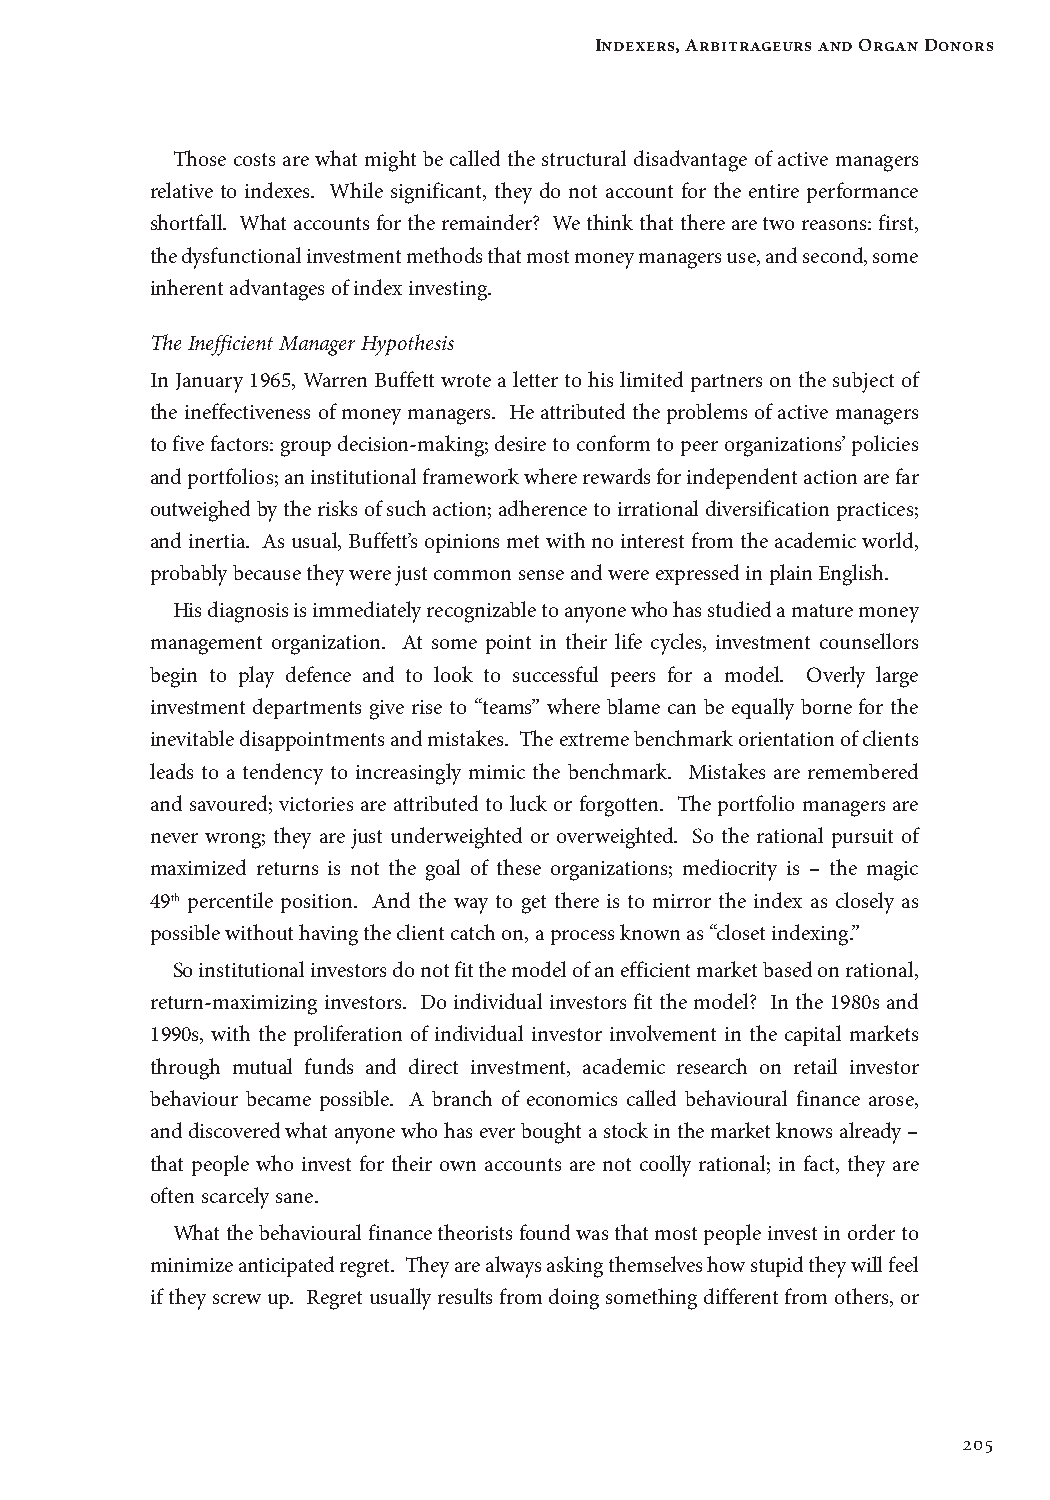
Indexers, Arbitrageurs and Organ Donors
 Those costs are what might be called the structural disadvantage of active managers
 relative to indexes. While significant, they do not account for the entire performance
 shortfall. What accounts for the remainder? We think that there are two reasons: first,
 the dysfunctional investment methods that most money managers use, and second, some
 inherent advantages of index investing.
 The Inefficient Manager Hypothesis
 In January 1965, Warren Buffett wrote a letter to his limited partners on the subject of
 the ineffectiveness of money managers. He attributed the problems of active managers
 to five factors: group decision-making; desire to conform to peer organizations’ policies
 and portfolios; an institutional framework where rewards for independent action are far
 outweighed by the risks of such action; adherence to irrational diversification practices;
 and inertia. As usual, Buffett’s opinions met with no interest from the academic world,
 probably because they were just common sense and were expressed in plain English.
 His diagnosis is immediately recognizable to anyone who has studied a mature money
 management organization. At some point in their life cycles, investment counsellors
 begin to play defence and to look to successful peers for a model. Overly large
 investment departments give rise to “teams” where blame can be equally borne for the
 inevitable disappointments and mistakes. The extreme benchmark orientation of clients
 leads to a tendency to increasingly mimic the benchmark. Mistakes are remembered
 and savoured; victories are attributed to luck or forgotten. The portfolio managers are
 never wrong; they are just underweighted or overweighted. So the rational pursuit of
 maximized returns is not the goal of these organizations; mediocrity is – the magic
 49th percentile position. And the way to get there is to mirror the index as closely as
 possible without having the client catch on, a process known as “closet indexing.”
 So institutional investors do not fit the model of an efficient market based on rational,
 return-maximizing investors. Do individual investors fit the model? In the 1980s and
 1990s, with the proliferation of individual investor involvement in the capital markets
 through mutual funds and direct investment, academic research on retail investor
 behaviour became possible. A branch of economics called behavioural finance arose,
 and discovered what anyone who has ever bought a stock in the market knows already –
 that people who invest for their own accounts are not coolly rational; in fact, they are
 often scarcely sane.
 What the behavioural finance theorists found was that most people invest in order to
 minimize anticipated regret. They are always asking themselves how stupid they will feel
 if they screw up. Regret usually results from doing something different from others, or
 205